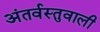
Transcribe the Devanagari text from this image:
अंतर्वस्तुवाली